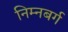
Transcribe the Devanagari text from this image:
निम्नबर्ग